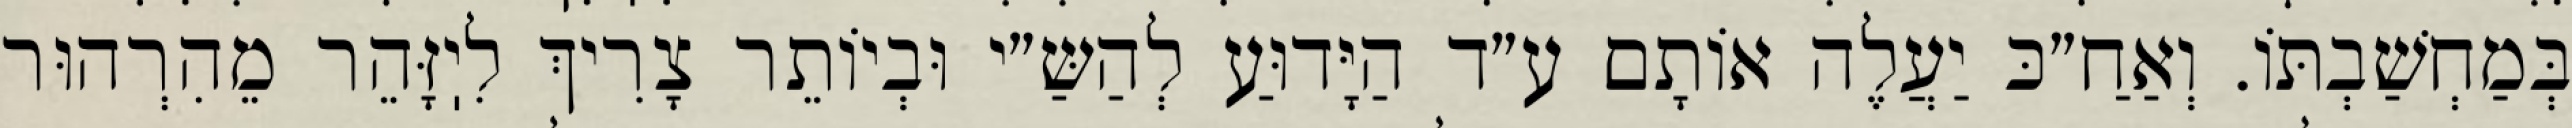
בְּמַחְשַׁבְתּוֹ. וְאַחַ״כּ יַעֲלֶה אוֹתָם ע״ד הַיָּדוּעַ לְהַשַּ״י וּבְיוֹתֵר צָרִיךְ לִיֽזָּהֵר מֵהִרְהוּר